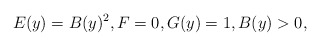
\begin{align*}E(y)=B(y)^2, F=0, G(y)=1, B(y)>0,\end{align*}